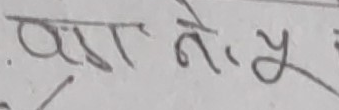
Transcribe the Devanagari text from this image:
प्रा. ने. यु